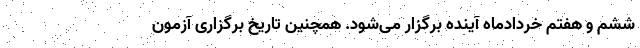
ششم و هفتم خردادماه آینده برگزار می‌شود. همچنین تاریخ برگزاری آزمون